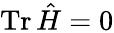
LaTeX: \operatorname{Tr}\hat{H}=0